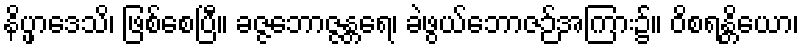
နိပ္ဖာဒေသိ၊ ဖြစ်စေပြီ။ ခဇ္ဇဘောဇ္ဇန္တရေ၊ ခဲဖွယ်ဘောဇဉ်အကြား၌။ ဝိစရန္တိယော၊